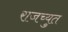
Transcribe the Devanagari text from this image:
राजच्युत